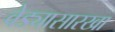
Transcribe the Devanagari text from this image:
वेड्यासारखा